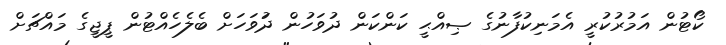
ކޯޓުން އަމުރުކުރީ އެމަނިކުފާނުގެ ޞިއްޙީ ކަންކަން ދުވަހުން ދުަވަހަށް ބެލެހެއްޓުން ޕީޖީގެ މައްޗަށް